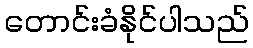
တောင်းခံနိုင်ပါသည်